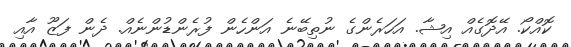
ކޮއްކޯ. އޭދޮގެއް އިޝާ. އަހަރެންގެ ނުތިބޭނެ އަންހެން ފުރެންޑުންނެއް. ދެން ފަޒޫ އާއި